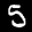
Label: 5